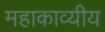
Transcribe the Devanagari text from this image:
महाकाव्यीय